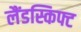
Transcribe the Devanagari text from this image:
लैंडस्किफ्ट